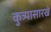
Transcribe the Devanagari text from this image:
कुत्र्यासारखे